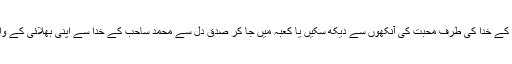
کسی طرح سے محمد اور اُس کے خدا کی طرف محبت کی آنکھوں سے دیکھ سکیں یا کعبہ میں جا کر صدق دل سے محمد ساحب کے خدا سے اپنی بھلائی کے واسطے کوئی دعا مانگ سکیں۔